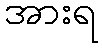
အားရ